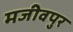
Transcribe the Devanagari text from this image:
मजीवपुर